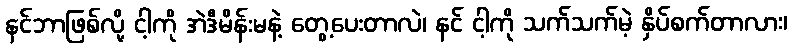
နင်ဘာဖြစ်လို့ ငါ့ကို အဲဒီမိန်းမနဲ့ တွေ့ပေးတာလဲ၊ နင် ငါ့ကို သက်သက်မဲ့ နှိပ်စက်တာလား၊